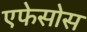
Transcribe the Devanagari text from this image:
एफेसोस